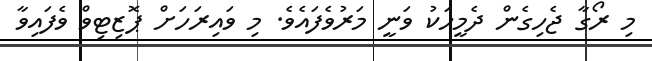
މި ރޯގާ ޖެހިގެން ދެމީހަކު ވަނީ މަރުވެފައެވެ. މި ވައިރަހަށް ޕޮޒިޓިވް ވެފައިވާ